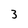
Character: 3